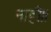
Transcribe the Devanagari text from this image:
नाही।।